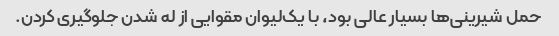
حمل شیرینی‌ها بسیار عالی بود، با یک‌لیوان مقوایی از له شدن جلوگیری کردن.